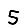
Digit: 5